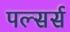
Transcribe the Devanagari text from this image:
पल्सर्स